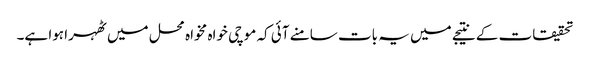
تحقیقات کے نتیجے میں یہ بات سامنے آئی کہ موچی خواہ مخواہ محل میں ٹھہرا ہوا ہے۔